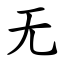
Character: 无